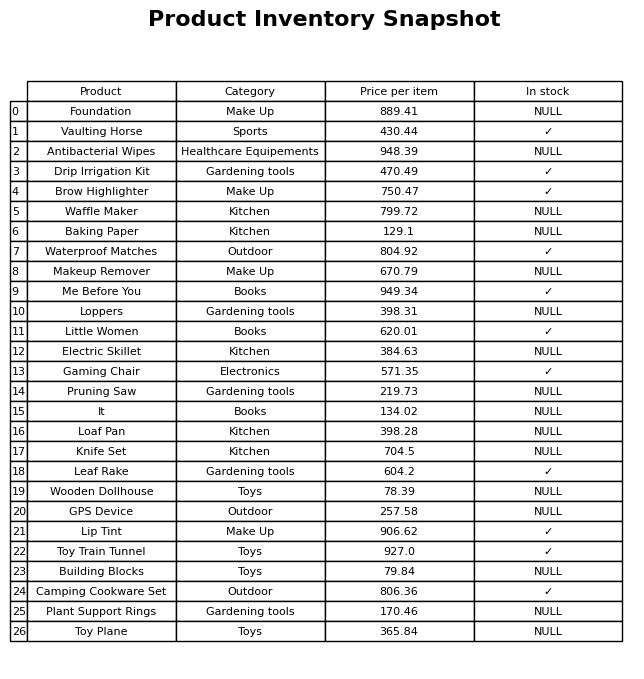
question: What is the stock status of the Toy Train Tunnel?
answer: ✓